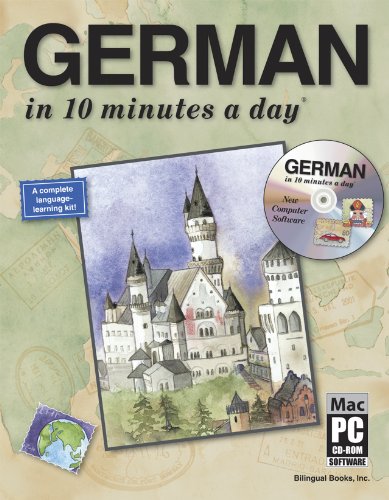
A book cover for GERMAN in 10 minutes a dayÂ® with CD-ROM; Kristine K. Kershul; Travel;